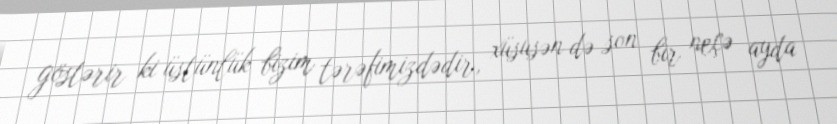
göstərir ki üstünlük bizim tərəfimizdədir, xüsusən də son bir neçə ayda